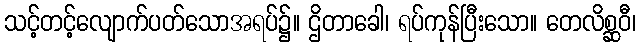
သင့်တင့်လျောက်ပတ်သောအရပ်၌။ ဌိတာခေါ၊ ရပ်ကုန်ပြီးသော။ တေလိစ္ဆဝီ၊